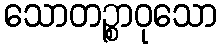
သောတဉ္စာဝုသော